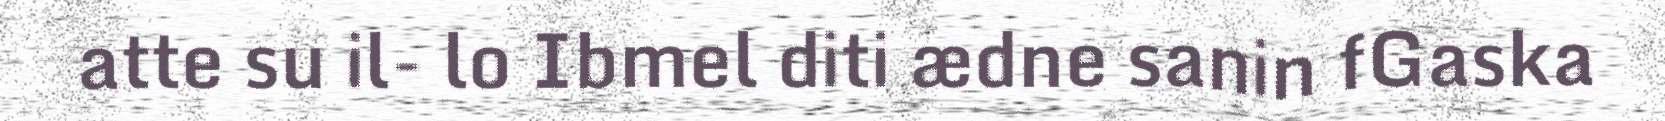
atte su il- lo Ibmel diti ædne sanin fGaska